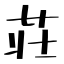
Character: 荘